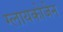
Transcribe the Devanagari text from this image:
ग्लायकोजेन